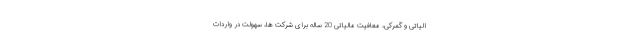
الیاتی و گمرکی، معافیت مالیاتی 20 ساله برای شرکت ها، سهولت در واردات